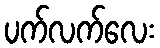
ပက်လက်လေး